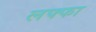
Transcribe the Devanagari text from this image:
लफ्फा